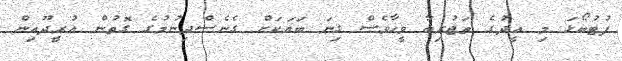
ފުޓުބޯޅަ މި އީދުގެ ތަޖުރިބާ ވީހާވެސް ގިނަ ބަޔަކަށް ގެނެސްދިނުމުގެ ގޮތުން އުރީދޫއިން